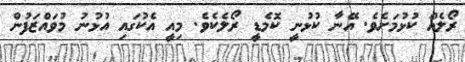
ރޯލެއް ކުޅުމަށެވެ. އޭނާ ކުޅުނީ ކޮމެޑީ ރޯލެކެވެ. މިއީ އެކުގައި އުޅުނު މުވައްޒަފުން